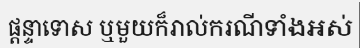
ផ្តន្ទាទោស ឬមួយក៏រាល់ករណីទាំងអស់